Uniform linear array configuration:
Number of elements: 8
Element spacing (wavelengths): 0.25
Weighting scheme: exponential
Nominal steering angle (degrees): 45
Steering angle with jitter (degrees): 43.636
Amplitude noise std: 0.05
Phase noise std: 0.05

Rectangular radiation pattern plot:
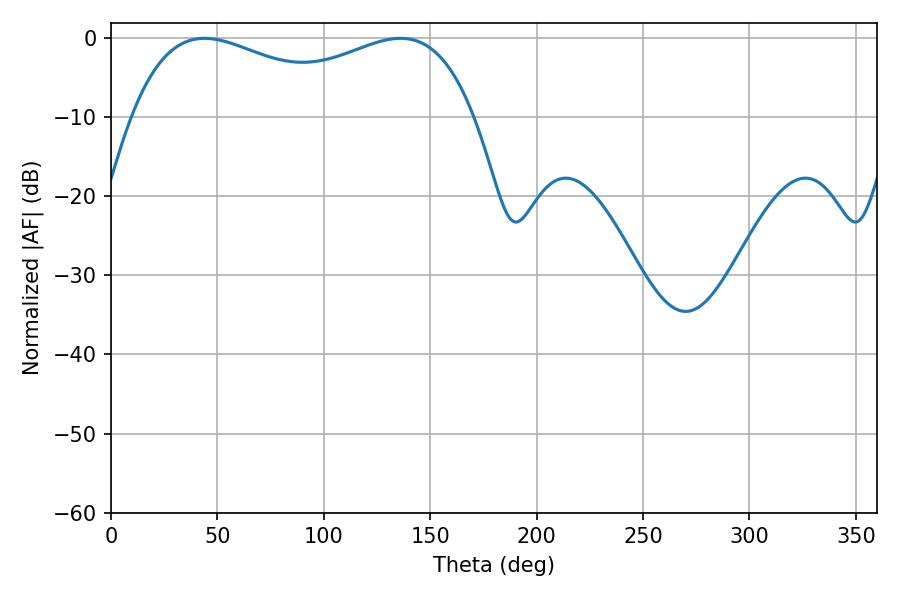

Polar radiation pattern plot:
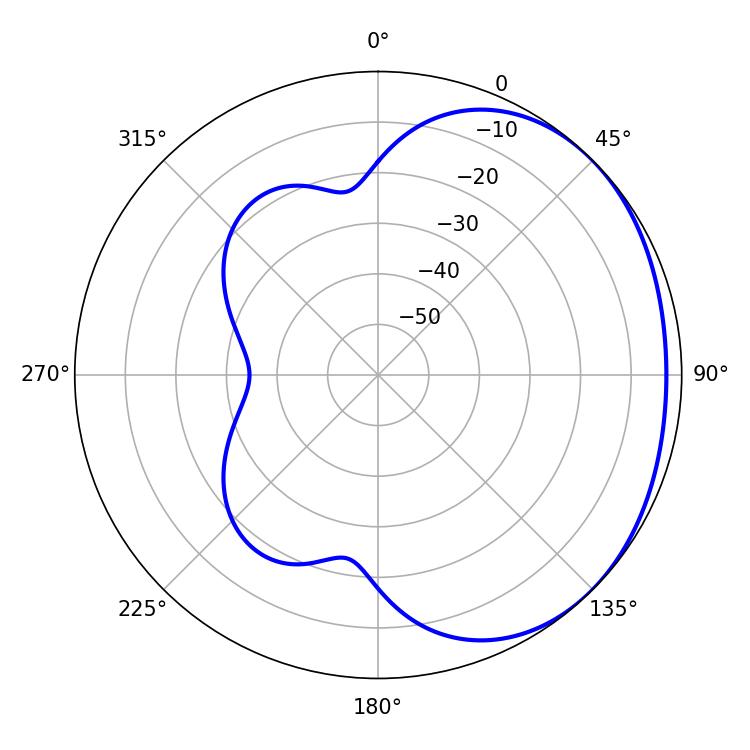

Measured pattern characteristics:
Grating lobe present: FALSE
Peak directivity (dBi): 1.638
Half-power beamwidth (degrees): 63.9
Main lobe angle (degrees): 43.92